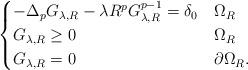
LaTeX: \begin{align*} \begin{cases}-\Delta_p G_{\lambda,R} - \lambda R^p G_{\lambda,R}^{p-1}= \delta_0 & \Omega_R \\G_{\lambda,R} \geq 0 & \Omega_R \\G_{\lambda,R} =0 & \partial \Omega_R.\end{cases}\end{align*}